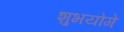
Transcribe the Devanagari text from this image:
शुभयोगे